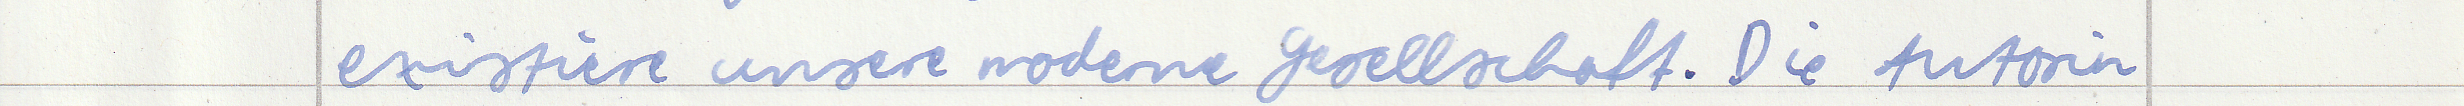
existiere unsere moderne Gesellschaft. Die Autorin